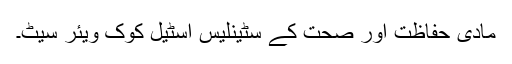
مادی حفاظت اور صحت کے سٹینلیس اسٹیل کوک ویئر سیٹ۔